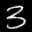
Label: 3